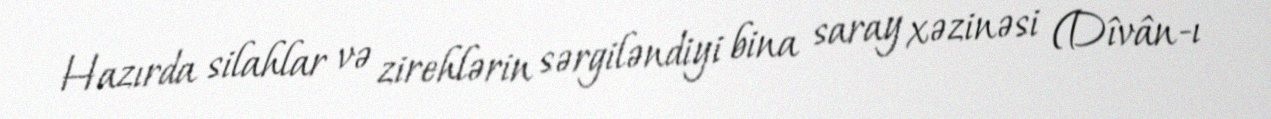
Hazırda silahlar və zirehlərin sərgiləndiyi bina saray xəzinəsi (Dîvân-ı